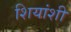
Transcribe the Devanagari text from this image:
शियांशी